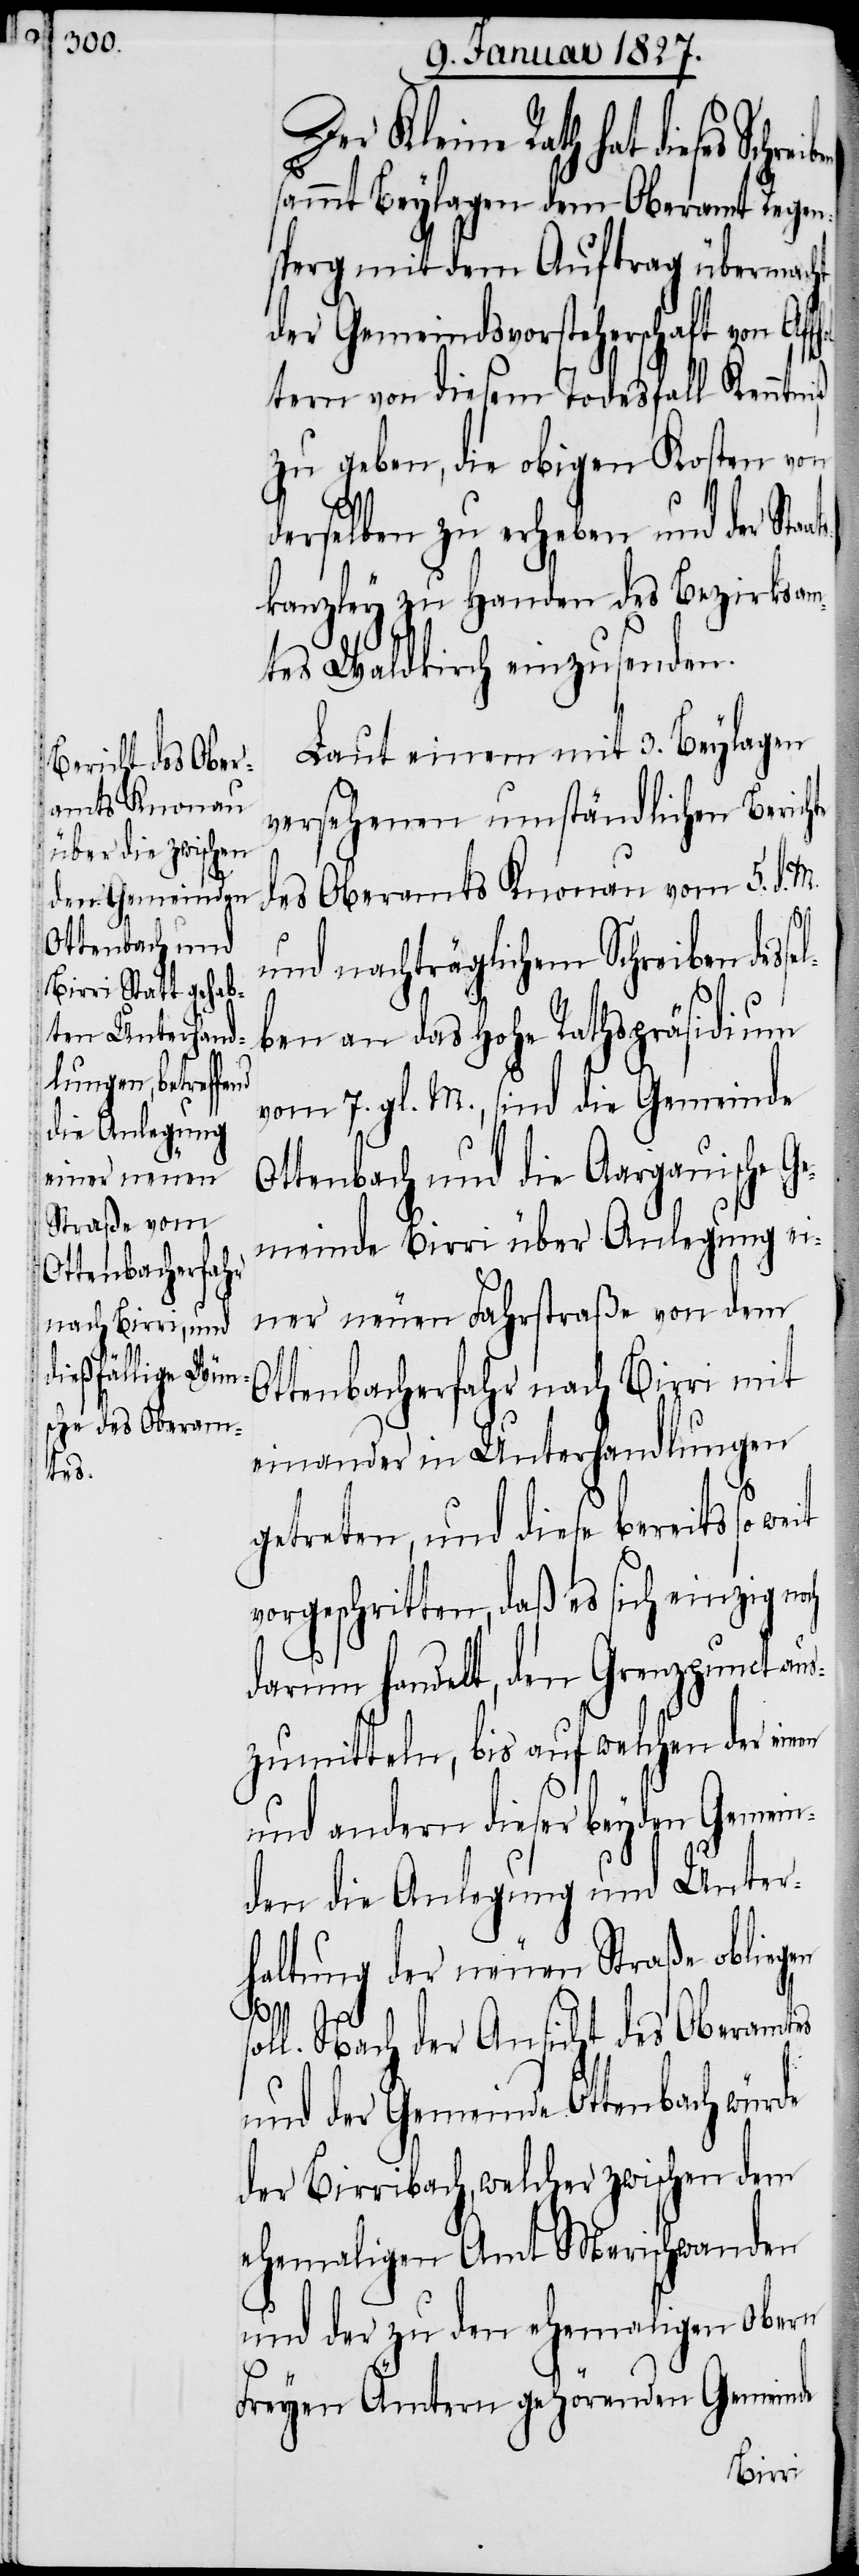
Der Kleine Rath hat dieses
sammt Beylagen dem Oberamt Regen¬
sperg mit dem Auftrag übermacht,
der Gemeindsvorsteherschaft von Af¬
tern von diesem Todesfall Kenntniß
zu geben, die obigen Kosten von
derselben zu erheben und der Sta¬
kanzley zu Handen des Bezirksam¬
tes Waldkirch einzusenden.
Laut einem mit 3. Beylagen
versehenen umständlichen Berichte
des Oberamtes Knonau vom 5. d. M.
und nachträglichem Schreiben desse¬
lben an das Hohe Rathspräsidium
vom 7. gl. M., sind die Gemeinde
Ottenbach und die Aargauische G¬
emeinde Birri über Anlegung ei¬
ner neuen Fahrstraße von dem
Ottenbacherfahr nach Birri mit
einander in Unterhandlungen
getreten, und diese bereits so
vorgeschritten, daß es sich einzig n¬
darum handelt, den Grenzpunct au¬
szumitteln, bis auf welchen der einen
und andern dieser beyden Gemein¬
den die Anlegung und Unter¬
haltung der neuen Straße obliegen
och
soll. Nach der Ansicht des Oberamtes
und der Gemeinde Ottenbach würde
der Birribach, welcher zwischen dem
ehemaligen Amt Merischwanden
und der zu den ehemaligen Obern
Freyen Ämtern gehörenden Gemeinde